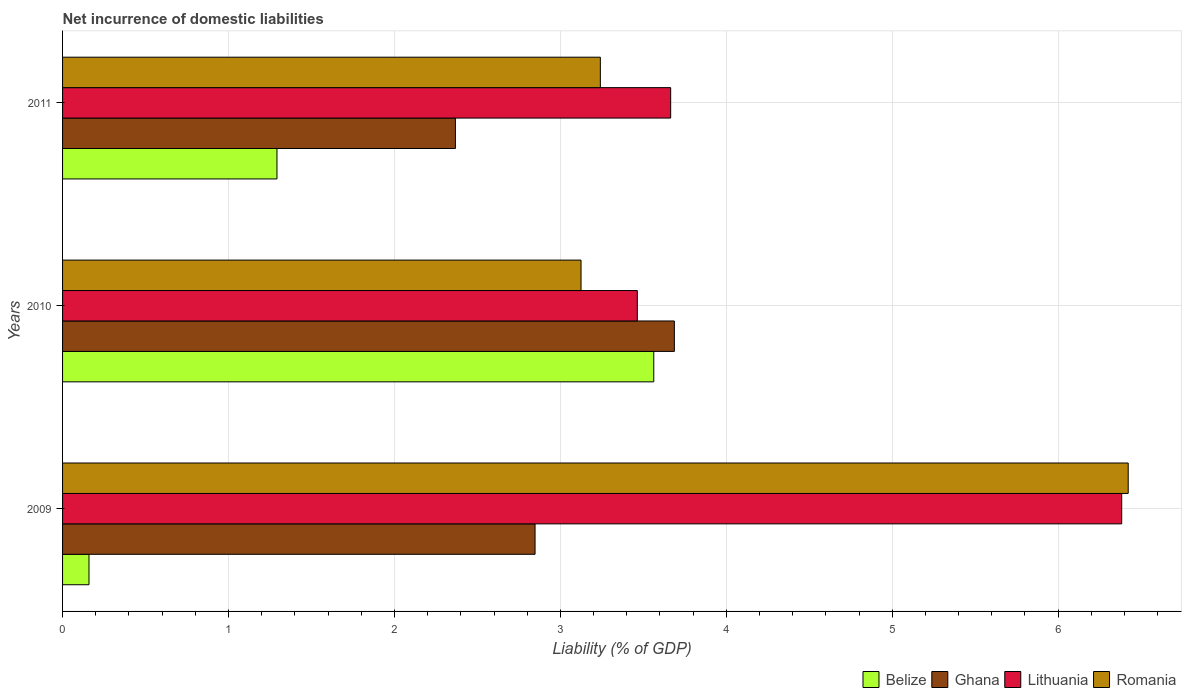
| Years | Belize | Ghana | Lithuania | Romania |
 | --- | --- | --- | --- | --- |
 | 2009 | 0.159 | 2.85 | 6.38 | 6.42 |
 | 2010 | 3.56 | 3.69 | 3.46 | 3.12 |
 | 2011 | 1.29 | 2.37 | 3.66 | 3.24 |